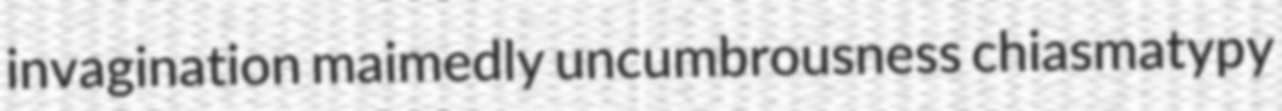
invagination maimedly uncumbrousness chiasmatypy